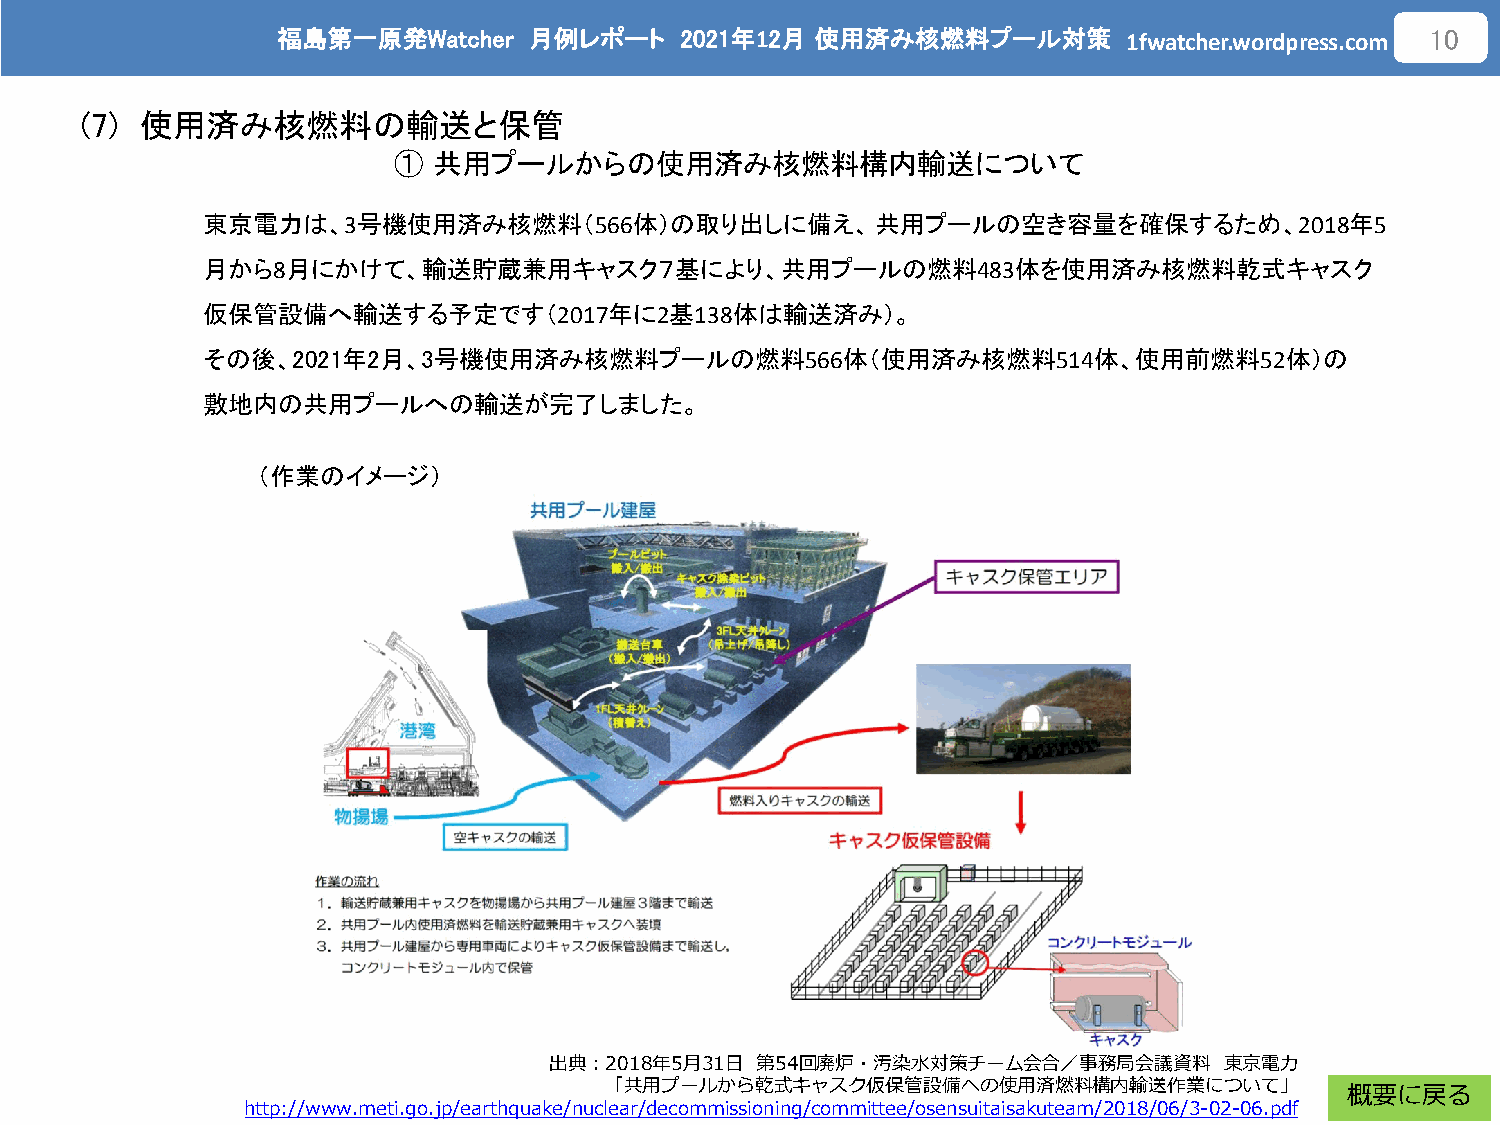
福島第一原発Watcher    月例レポート    2021年12月 使用済み核燃料プール対策
 1fwatcher.wordpress.com
 10
 (7) 使用済み核燃料の輸送と保管
 ①  共用プールからの使用済み核燃料構内輸送について
 東京電力は、3号機使用済み核燃料（566体）の取り出しに備え、共用プールの空き容量を確保するため、2018年5
 月から8月にかけて、輸送貯蔵兼用キャスク７基により、共用プールの燃料483体を使用済み核燃料乾式キャスク
 仮保管設備へ輸送する予定です（2017年に2基138体は輸送済み）。
 その後、2021年2月、3号機使用済み核燃料プールの燃料566体（使用済み核燃料514体、使用前燃料52体）の
 敷地内の共用プールへの輸送が完了しました。
 （作業のイメージ）
 出典：2018年5月31日 第54回廃炉・汚染水対策チーム会合／事務局会議資料      東京電力
 「共用プールから乾式キャスク仮保管設備への使用済燃料構内輸送作業について」
 概要に戻る
 http://www.meti.go.jp/earthquake/nuclear/decommissioning/committee/osensuitaisakuteam/2018/06/3-02-06.pdf